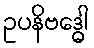
ဥပနိဗဒ္ဓေါ